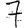
Digit: 7